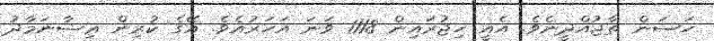
ހަސަން ތާޖުއްދީނެވެ. އެއީ ހިޖުރައިން 1118 ވަނަ އަހަރުއެވެ. އޭގެ ކުރިން ޢިޝާނަމާދު